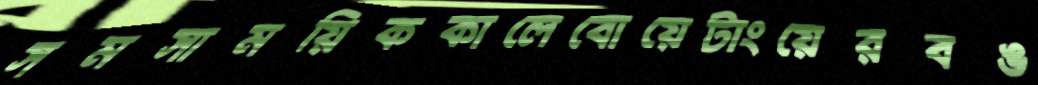
সমসাময়িককালেবোয়েটাংয়েরবঙ